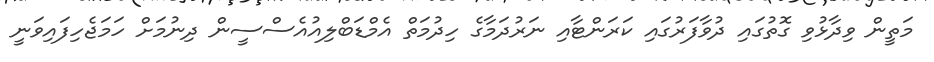
މަތީން ވިދާޅުވި ގޮތުގައި ދުވާފަރުގައި ކަރަންޓާއި ނަރުދަމާގެ ހިދުމަތް އެމްޑަބްލިއުއެސްސީން ދިނުމަށް ހަމަޖެހިފައިވަނީ